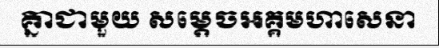
គ្នាជាមួយ សម្តេចអគ្គមហាសេនា